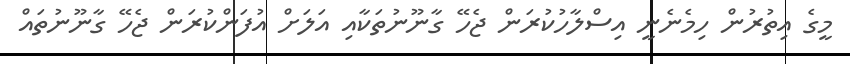
މީގެ އިތުރުން ހިމެނެނީ އިސްލާހުކުރަން ޖެހޭ ގާނޫނުތަކާއި އަލަށް އުފަންކުރަން ޖެހޭ ގާނޫނުތައް